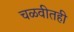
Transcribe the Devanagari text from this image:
चळवीतही